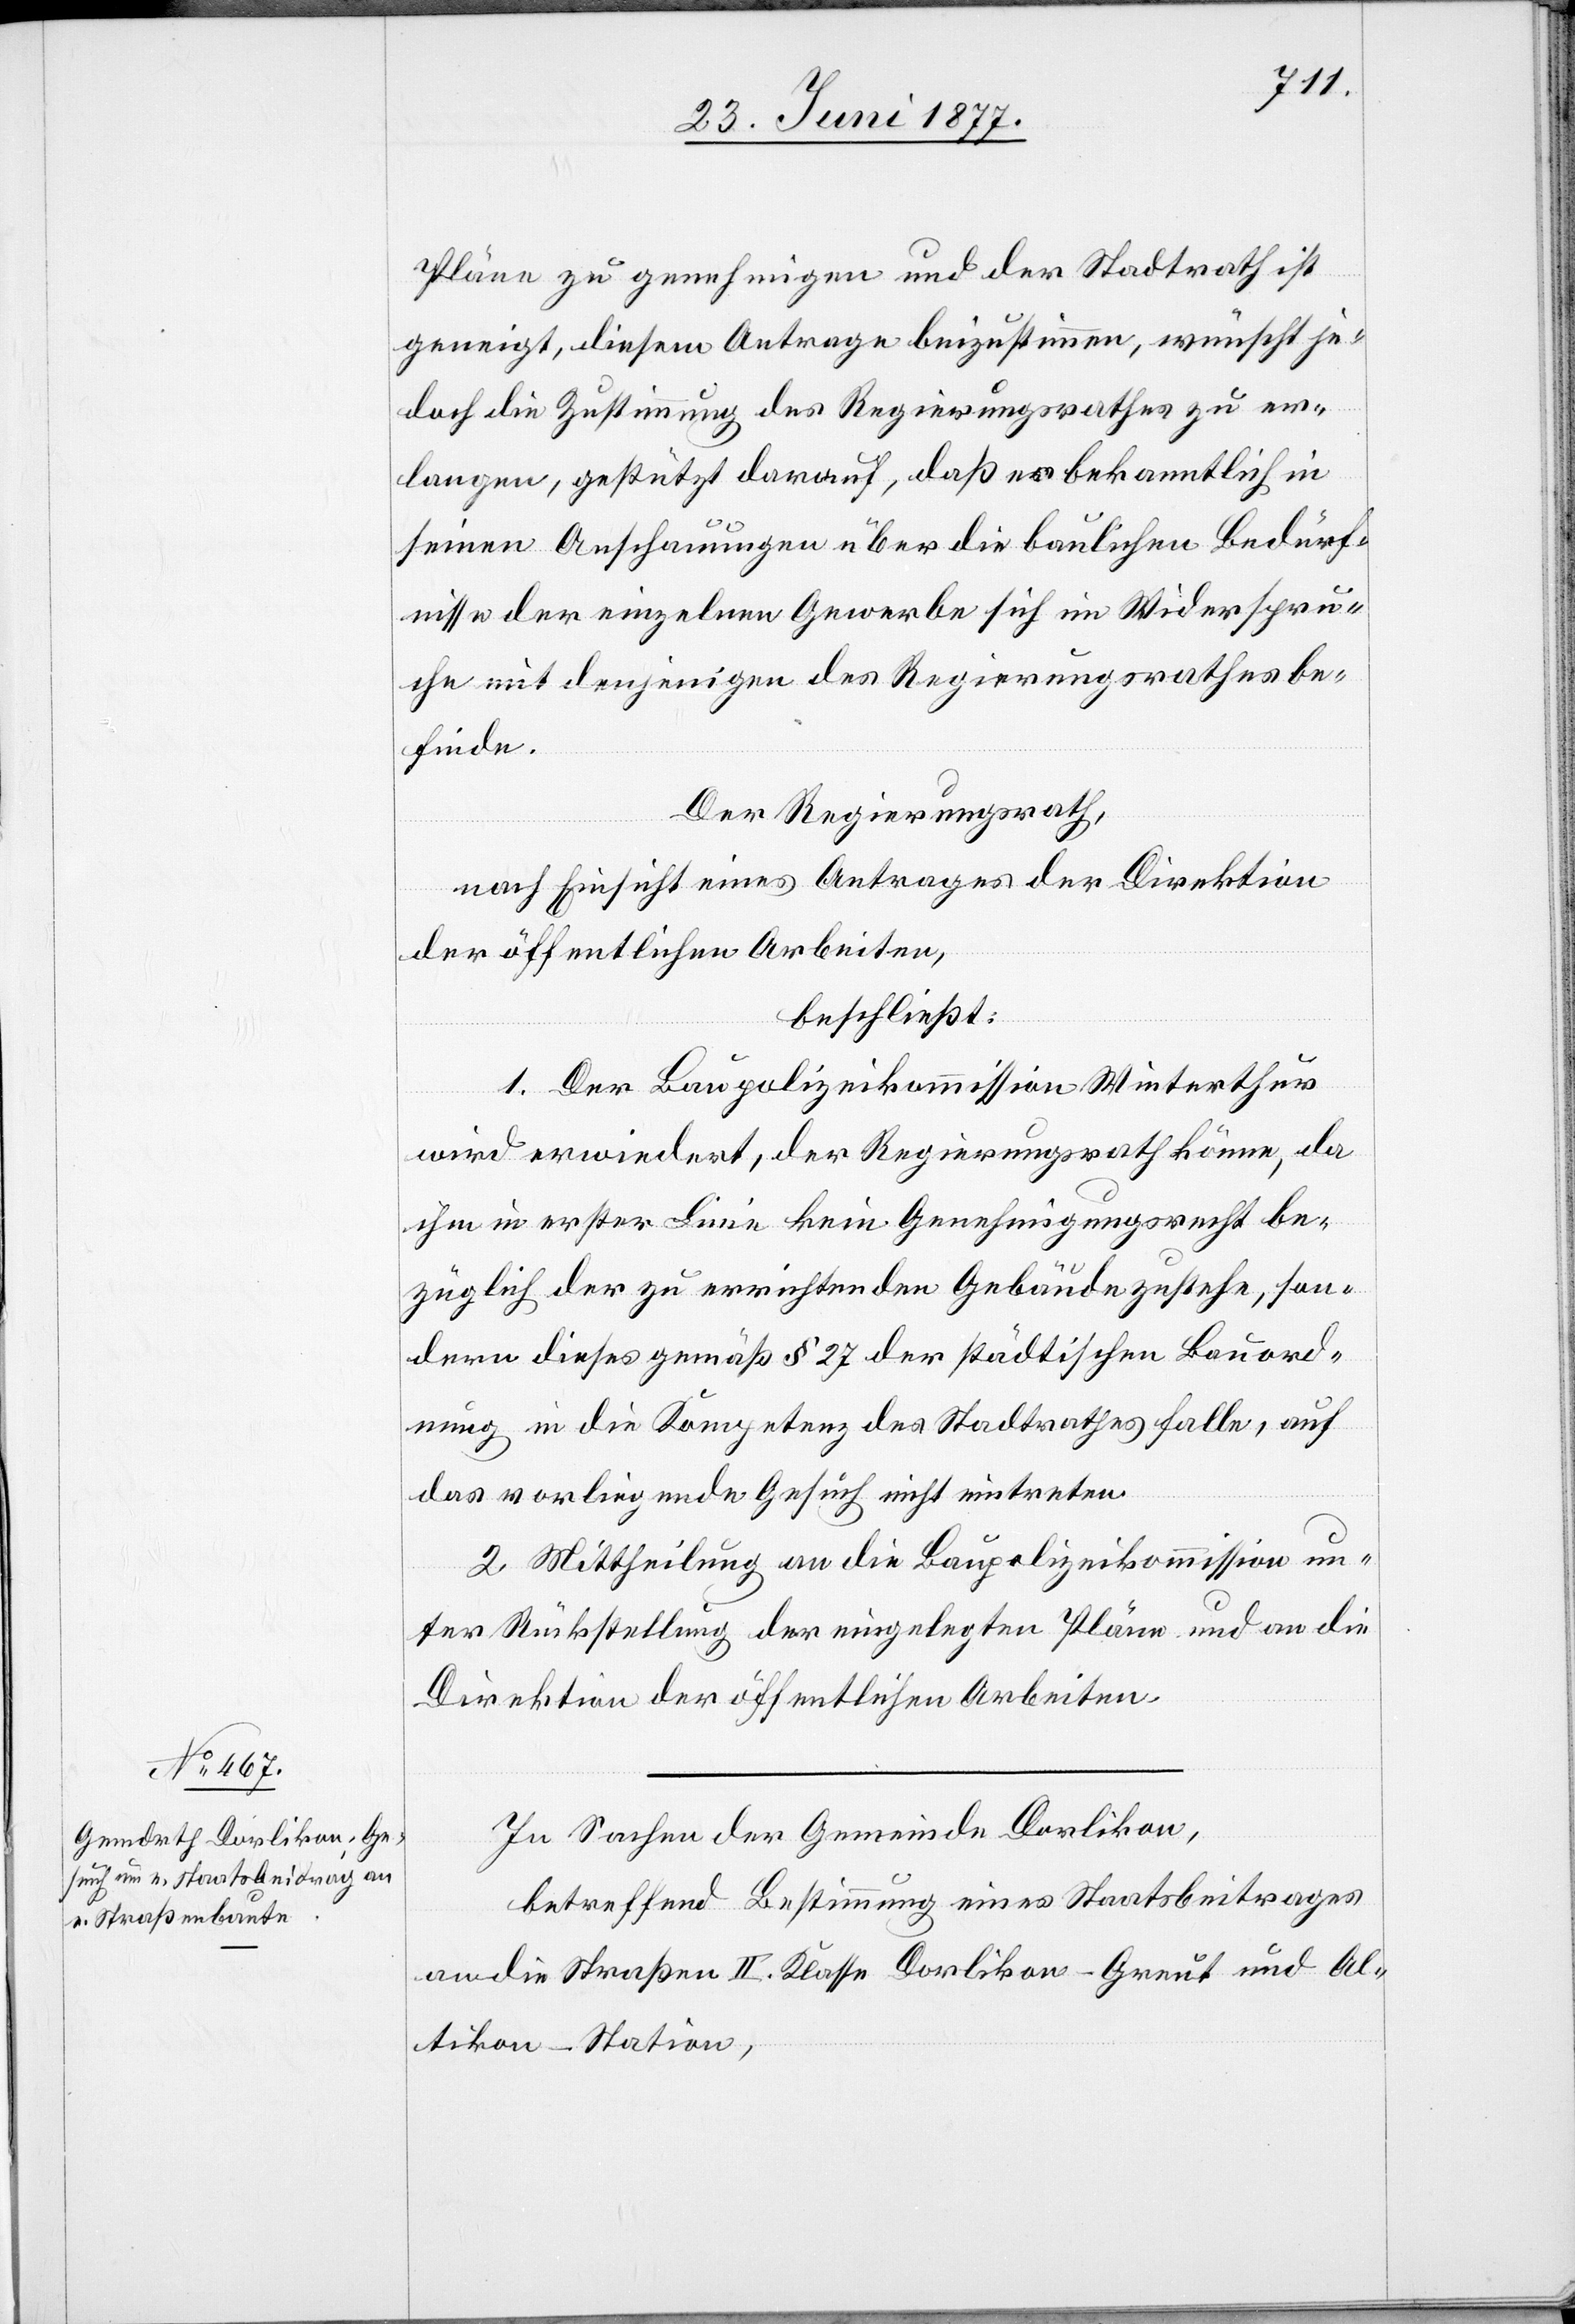
Pläne zu genehmigen und der Stadtrath ist
geneigt, diesem Antrage beizustimmen, wünscht je¬
doch die Zustimmung des Regierungsrathes zu er¬
langen, gestützt darauf, daß er bekanntlich in
seinen Anschauungen über die baulichen Bedürf¬
nisse der einzelnen Gewerbe sich im Wiederspru¬
che mit denjenigen des Regierungsrathes be¬
finde.
Der Regierungsrath,
nach Einsicht eines Antrages der Direktion
der öffentlichen Arbeiten,
beschließt:
1. Der Baupolizeikommission Winterthur
wird erwiedert, der Regierungsrath könne, da
ihm in erster Linie kein Genehmigungsrecht be¬
züglich der zu errichtenden Gebäude zustehe, son¬
dern dieses gemäß § 27 der städtischen Bauord¬
nung in die Kompetenz des Stadtrathes falle, auf
das vorliegende Gesuch nicht eintreten.
2. Mittheilung an die Baupolizeikommission un¬
ter Rückstellung der eingelegten Pläne und an die
Direktion der öffentlichen Arbeiten.
In Sachen der Gemeinde Dorlikon,
betreffend Bestimmung eines Staatsbeitrages
an die Straßen II. Klasse Dorlikon–Greut und Al¬
tikon–Station,